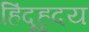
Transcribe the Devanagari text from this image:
हिंदूहृदय